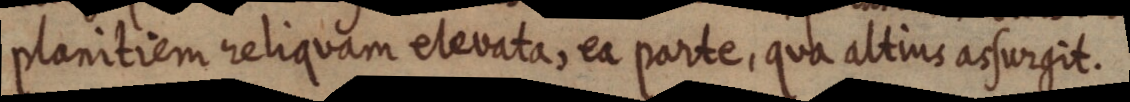
planitiem reliquam elevata, ea parte, qua altius assurgit.